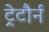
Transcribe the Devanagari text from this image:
ट्रेटौर्न